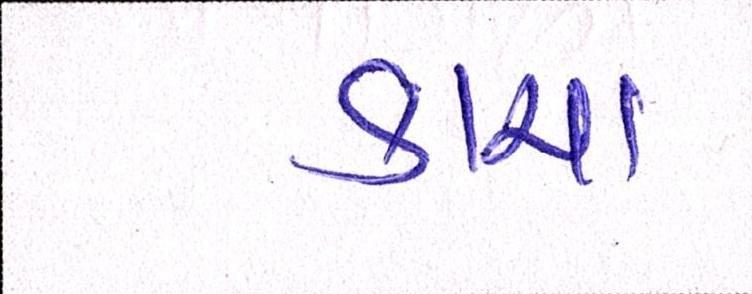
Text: કાચા